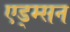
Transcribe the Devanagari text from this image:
एड्म्सन